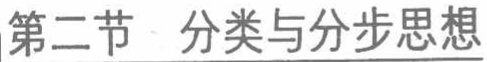
\section{分类与分步思想}